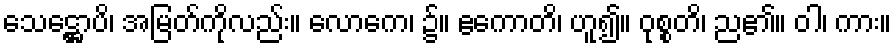
သေဋ္ဌောပိ၊ အမြတ်ကိုလည်း။ လောကေ၊ ၌။ ဧကောတိ၊ ဟူ၍။ ဝုစ္စတိ၊ ည၏။ ဝါ၊ ကား။